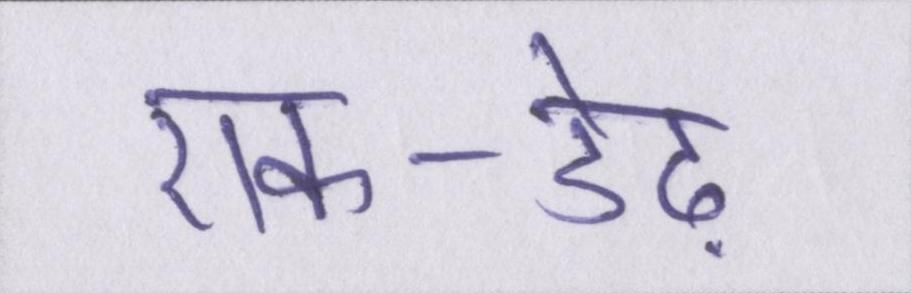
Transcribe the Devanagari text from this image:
एक-डेढ़